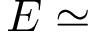
\cal { E } \simeq